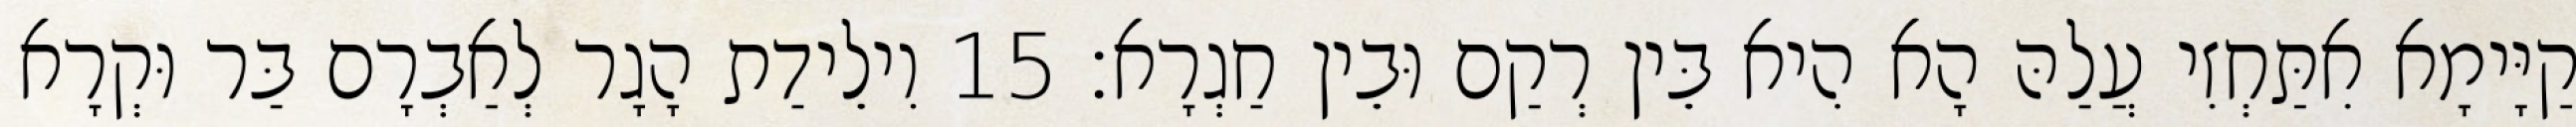
קַיָּימָא אִתַּחְזִי עֲלַהּ הָא הִיא בֵּין רְקַם וּבֵין חַגְרָא׃ 15 וִילֵידַת הָגָר לְאַבְרָם בַּר וּקְרָא